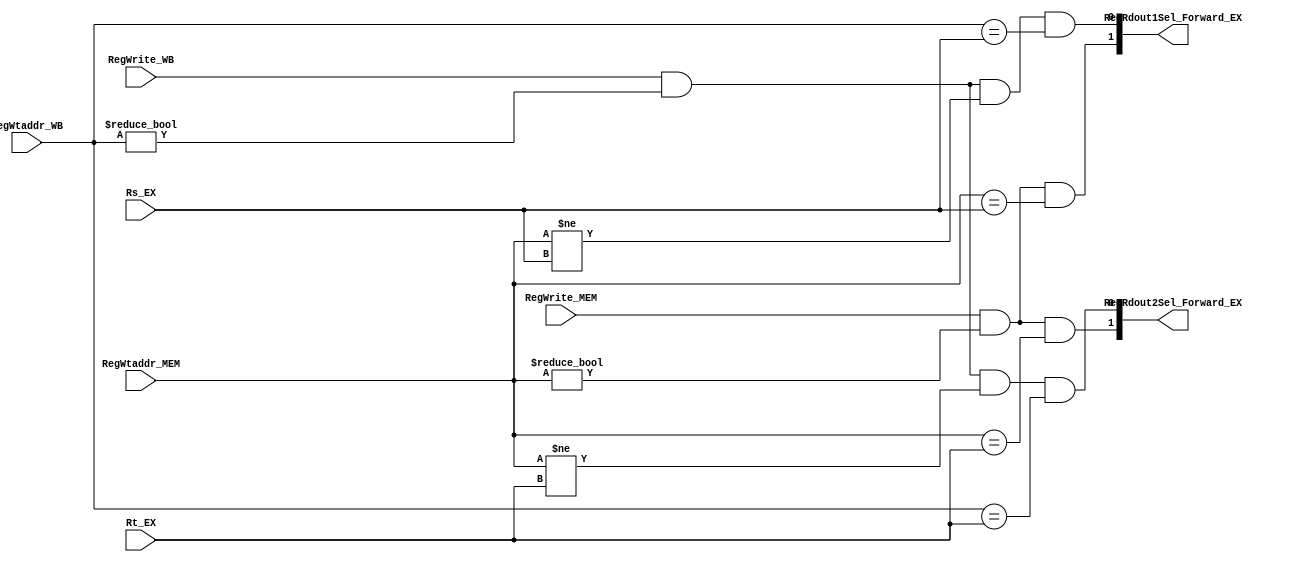
`timescale 1ns / 1ps
//////////////////////////////////////////////////////////////////////////////////
// Company: 
// Engineer: 
// 
// Design Name: 
// Module Name:    forward 
// Project Name: 
// Target Devices: 
// Tool versions: 
// Description: 
//
// Dependencies: 
//
// Revision: 
// Revision 0.01 - File Created
// Additional Comments: 
//
//////////////////////////////////////////////////////////////////////////////////
module forward(
	 input [4:0] Rs_EX,
	 input [4:0] Rt_EX,
    input RegWrite_MEM,
	 input RegWrite_WB,
    input [4:0] RegWtaddr_MEM,
	 input [4:0] RegWtaddr_WB,
	 output reg [1:0] RegRdout1Sel_Forward_EX,
	 output reg [1:0] RegRdout2Sel_Forward_EX
    );
	always @(*) begin
		RegRdout1Sel_Forward_EX[0] = RegWrite_WB && (RegWtaddr_WB != 0) && (RegWtaddr_MEM != Rs_EX) && (RegWtaddr_WB == Rs_EX);
		RegRdout1Sel_Forward_EX[1] = RegWrite_MEM && (RegWtaddr_MEM != 0) && (RegWtaddr_MEM == Rs_EX);
		RegRdout2Sel_Forward_EX[0] = RegWrite_WB && (RegWtaddr_WB != 0) && (RegWtaddr_MEM != Rt_EX) && (RegWtaddr_WB == Rt_EX);
		RegRdout2Sel_Forward_EX[1] = RegWrite_MEM && (RegWtaddr_MEM != 0) && (RegWtaddr_MEM == Rt_EX);	
	end
endmodule